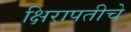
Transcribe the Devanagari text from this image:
क्षिरापतीचे